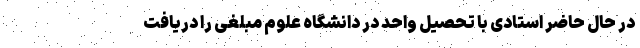
در حال حاضر استادی با تحصیل واحد در دانشگاه علوم مبلغی را دریافت